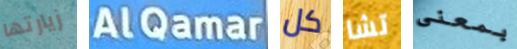
زيارتها AlQamar كل تشا بمعنى